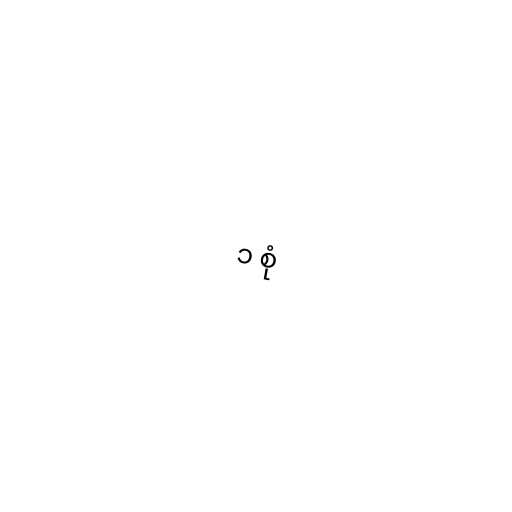
၁ စုံ